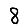
Digit: 8